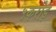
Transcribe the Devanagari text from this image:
५करोड़